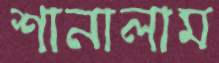
শানালাম